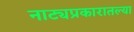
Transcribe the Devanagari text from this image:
नाट्यप्रकारातल्या